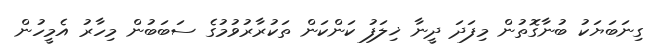
ގިނަބަޔަކު ބުނާގޮތުން މިފަދަ ދީނާ ޚިލަފު ކަންކަން ތަކުރާރުވުމުގެ ސަބަބުން މިހާރު އެމީހުން